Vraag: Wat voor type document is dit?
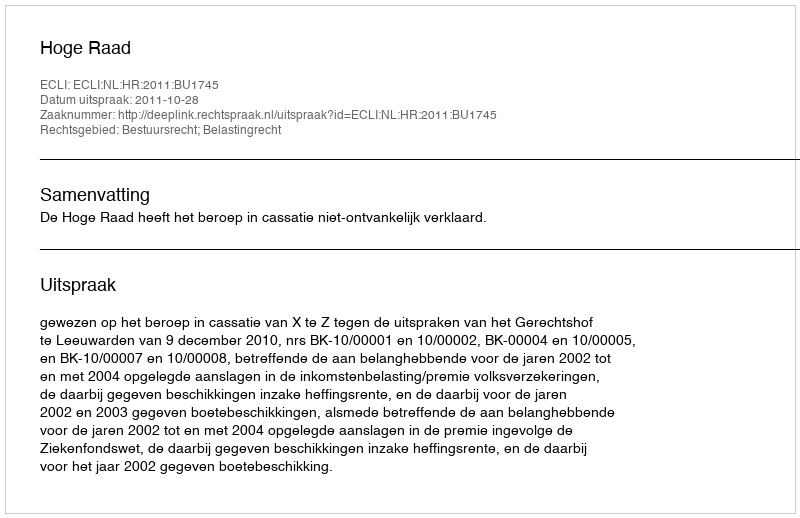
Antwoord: Uitspraak